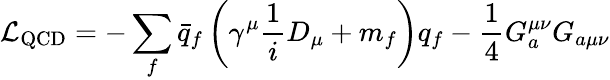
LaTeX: {\cal{L}}_{\mathrm{QCD}}=-\sum_{f}\bar{q}_{f}\left(\gamma^{\mu}\frac{1}{i}D_{\mu}+m_{f}\right)q_{f}-\frac{1}{4}G_{a}^{\mu\nu}G_{a\mu\nu}